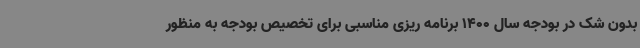
بدون شک در بودجه سال 1400 برنامه ریزی مناسبی برای تخصیص بودجه به منظور